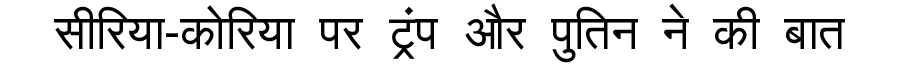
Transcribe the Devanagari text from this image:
सीरिया-कोरिया पर ट्रंप और पुतिन ने की बात